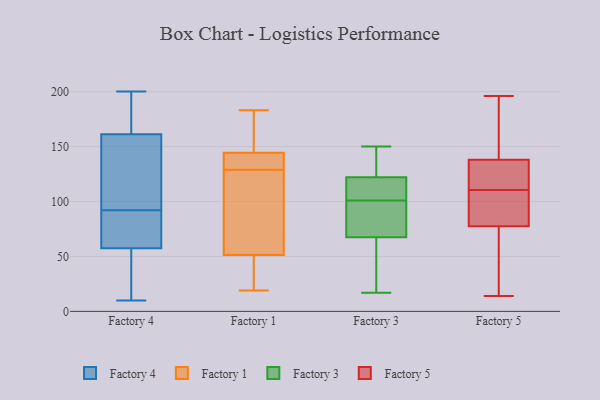
{"axis": {"x": "LTV (USD)", "y": "Value"}, "legend": ["Factory 1", "Factory 3", "Factory 4", "Factory 5"], "data": [{"x": "", "y": 72, "type": "Factory 4"}, {"x": "", "y": 179, "type": "Factory 4"}, {"x": "", "y": 21, "type": "Factory 4"}, {"x": "", "y": 91, "type": "Factory 4"}, {"x": "", "y": 45, "type": "Factory 4"}, {"x": "", "y": 92, "type": "Factory 4"}, {"x": "", "y": 90, "type": "Factory 4"}, {"x": "", "y": 196, "type": "Factory 4"}, {"x": "", "y": 56, "type": "Factory 4"}, {"x": "", "y": 171, "type": "Factory 4"}, {"x": "", "y": 126, "type": "Factory 4"}, {"x": "", "y": 200, "type": "Factory 4"}, {"x": "", "y": 138, "type": "Factory 4"}, {"x": "", "y": 10, "type": "Factory 4"}, {"x": "", "y": 62, "type": "Factory 4"}, {"x": "", "y": 51, "type": "Factory 4"}, {"x": "", "y": 136, "type": "Factory 4"}, {"x": "", "y": 169, "type": "Factory 4"}, {"x": "", "y": 121, "type": "Factory 4"}, {"x": "", "y": 129, "type": "Factory 1"}, {"x": "", "y": 38, "type": "Factory 1"}, {"x": "", "y": 19, "type": "Factory 1"}, {"x": "", "y": 151, "type": "Factory 1"}, {"x": "", "y": 40, "type": "Factory 1"}, {"x": "", "y": 69, "type": "Factory 1"}, {"x": "", "y": 142, "type": "Factory 1"}, {"x": "", "y": 137, "type": "Factory 1"}, {"x": "", "y": 131, "type": "Factory 1"}, {"x": "", "y": 183, "type": "Factory 1"}, {"x": "", "y": 55, "type": "Factory 1"}, {"x": "", "y": 151, "type": "Factory 1"}, {"x": "", "y": 86, "type": "Factory 1"}, {"x": "", "y": 125, "type": "Factory 3"}, {"x": "", "y": 114, "type": "Factory 3"}, {"x": "", "y": 150, "type": "Factory 3"}, {"x": "", "y": 75, "type": "Factory 3"}, {"x": "", "y": 104, "type": "Factory 3"}, {"x": "", "y": 122, "type": "Factory 3"}, {"x": "", "y": 101, "type": "Factory 3"}, {"x": "", "y": 40, "type": "Factory 3"}, {"x": "", "y": 38, "type": "Factory 3"}, {"x": "", "y": 104, "type": "Factory 3"}, {"x": "", "y": 45, "type": "Factory 3"}, {"x": "", "y": 149, "type": "Factory 3"}, {"x": "", "y": 89, "type": "Factory 3"}, {"x": "", "y": 17, "type": "Factory 3"}, {"x": "", "y": 86, "type": "Factory 3"}, {"x": "", "y": 122, "type": "Factory 3"}, {"x": "", "y": 78, "type": "Factory 3"}, {"x": "", "y": 120, "type": "Factory 5"}, {"x": "", "y": 79, "type": "Factory 5"}, {"x": "", "y": 113, "type": "Factory 5"}, {"x": "", "y": 137, "type": "Factory 5"}, {"x": "", "y": 136, "type": "Factory 5"}, {"x": "", "y": 180, "type": "Factory 5"}, {"x": "", "y": 31, "type": "Factory 5"}, {"x": "", "y": 95, "type": "Factory 5"}, {"x": "", "y": 43, "type": "Factory 5"}, {"x": "", "y": 86, "type": "Factory 5"}, {"x": "", "y": 111, "type": "Factory 5"}, {"x": "", "y": 174, "type": "Factory 5"}, {"x": "", "y": 139, "type": "Factory 5"}, {"x": "", "y": 17, "type": "Factory 5"}, {"x": "", "y": 76, "type": "Factory 5"}, {"x": "", "y": 14, "type": "Factory 5"}, {"x": "", "y": 110, "type": "Factory 5"}, {"x": "", "y": 196, "type": "Factory 5"}, {"x": "", "y": 93, "type": "Factory 5"}, {"x": "", "y": 185, "type": "Factory 5"}]}